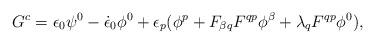
LaTeX: \begin{align*}G^{c} = \epsilon_{0}\psi^{0}-{\dot \epsilon_{0}}\phi^{0}+ \epsilon_{p}(\phi^{p} +F_{\beta q}F^{qp}\phi^{\beta} + \lambda_{q}F^{qp}\phi^{0}),\end{align*}